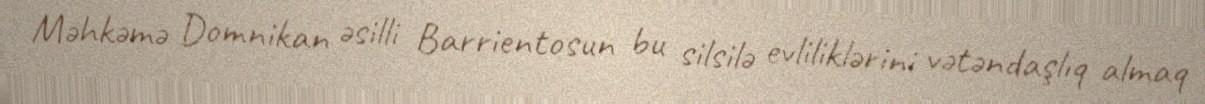
Məhkəmə Domnikan əsilli Barrientosun bu silsilə evliliklərini vətəndaşlıq almaq